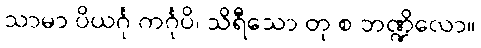
သာမာ ပိယင်္ဂု ကင်္ဂုပိ၊ သိရီသော တု စ ဘဏ္ဍိလော။